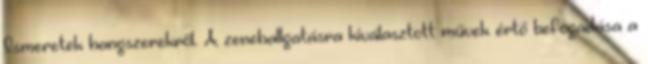
Ismeretek hangszerekről. A zenehallgatásra kiválasztott művek értő befogadása a